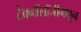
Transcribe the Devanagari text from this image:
टेक्‍नॉलॉजीमधून